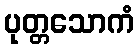
ပုတ္တသောကံ